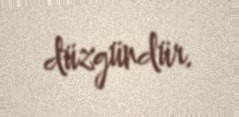
düzgündür.